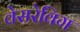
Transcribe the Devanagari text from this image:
वेसरेविग